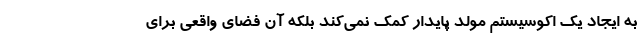
به ایجاد یک اکوسیستم مولد پایدار کمک نمی‌کند بلکه آن فضای واقعی برای